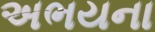
અભયના